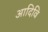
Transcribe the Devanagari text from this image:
आदिवि